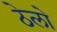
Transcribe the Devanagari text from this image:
ठेलो